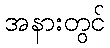
အနားတွင်